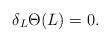
LaTeX: \begin{align*}\delta_L\Theta(L) = 0.\end{align*}